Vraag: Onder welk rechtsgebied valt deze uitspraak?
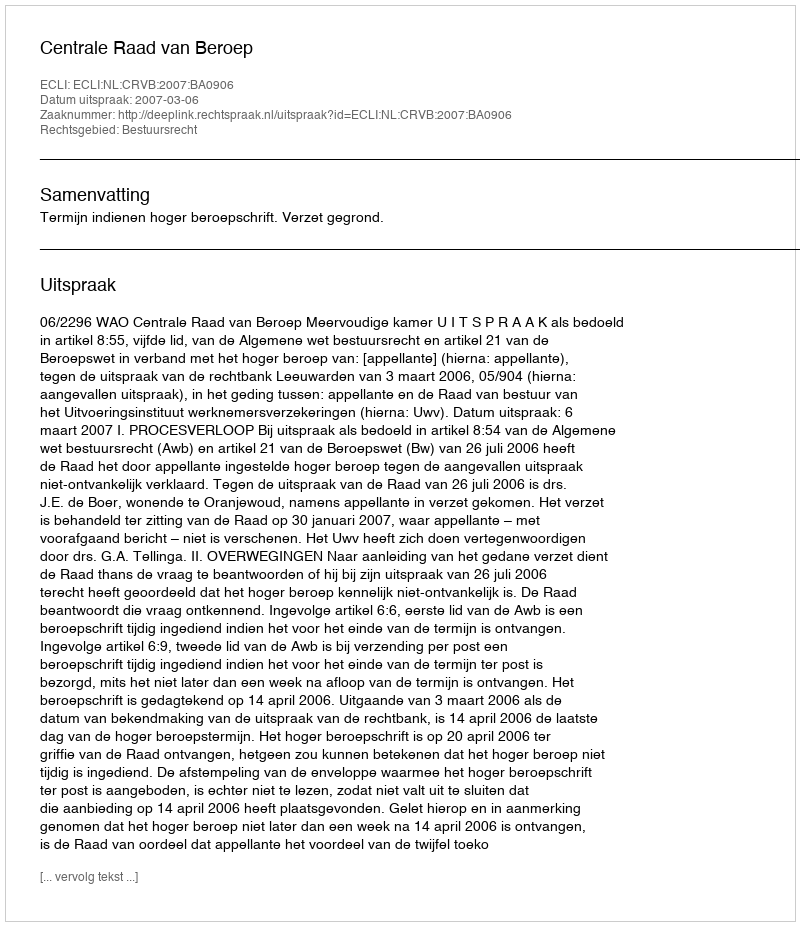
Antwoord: Bestuursrecht